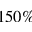
1 5 0 \%